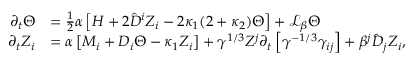
\begin{array} { r l } { \partial _ { t } \Theta } & { = \frac { 1 } { 2 } \alpha \left[ H + 2 \hat { D } ^ { i } Z _ { i } - 2 \kappa _ { 1 } ( 2 + \kappa _ { 2 } ) \Theta \right] + \mathcal { L } _ { \beta } \Theta } \\ { \partial _ { t } Z _ { i } } & { = \alpha \left[ M _ { i } + D _ { i } \Theta - \kappa _ { 1 } Z _ { i } \right] + \gamma ^ { 1 / 3 } Z ^ { j } \partial _ { t } \left[ \gamma ^ { - 1 / 3 } \gamma _ { i j } \right] + \beta ^ { j } \hat { D } _ { j } Z _ { i } , } \end{array}